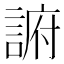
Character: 𲁭